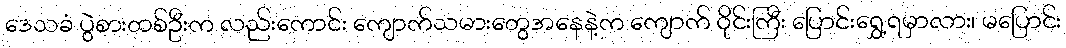
ဒေသခံ ပွဲစားတစ်ဦးက လည်းကောင်း ကျောက်သမားတွေအနေနဲ့က ကျောက် ဝိုင်းကြီး ပြောင်းရွှေ့ရမှာလား၊ မပြောင်း